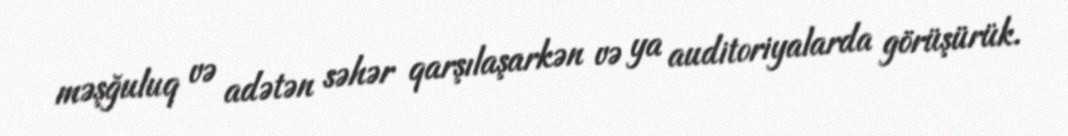
məşğuluq və adətən səhər qarşılaşarkən və ya auditoriyalarda görüşürük.